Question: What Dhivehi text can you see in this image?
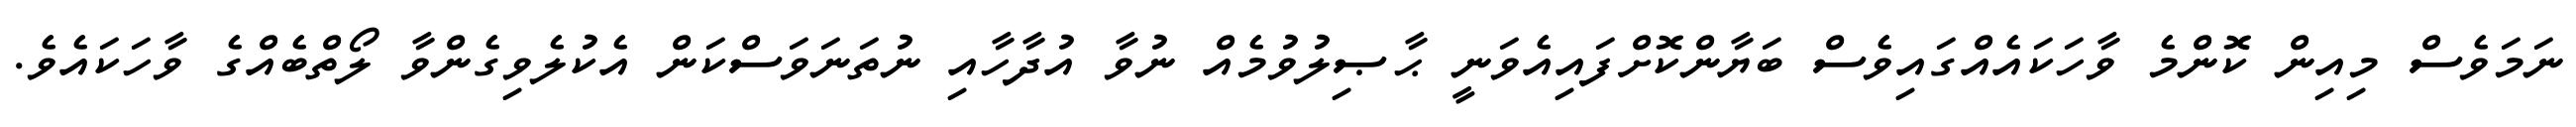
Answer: ނަމަވެސް މިއިން ކޮންމެ ވާހަކައެއްގައިވެސް ބަޔާންކޮށްފައިއެވަނީ ޙާޞިލުވުމެއް ނުވާ އުދާހާއި ނުތަނަވަސްކަން އެކުލެވިގެންވާ ލޯތްބެއްގެ ވާހަކައެވެ.